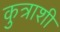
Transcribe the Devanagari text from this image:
कुत्राशी